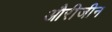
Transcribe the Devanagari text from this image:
औरीजीन